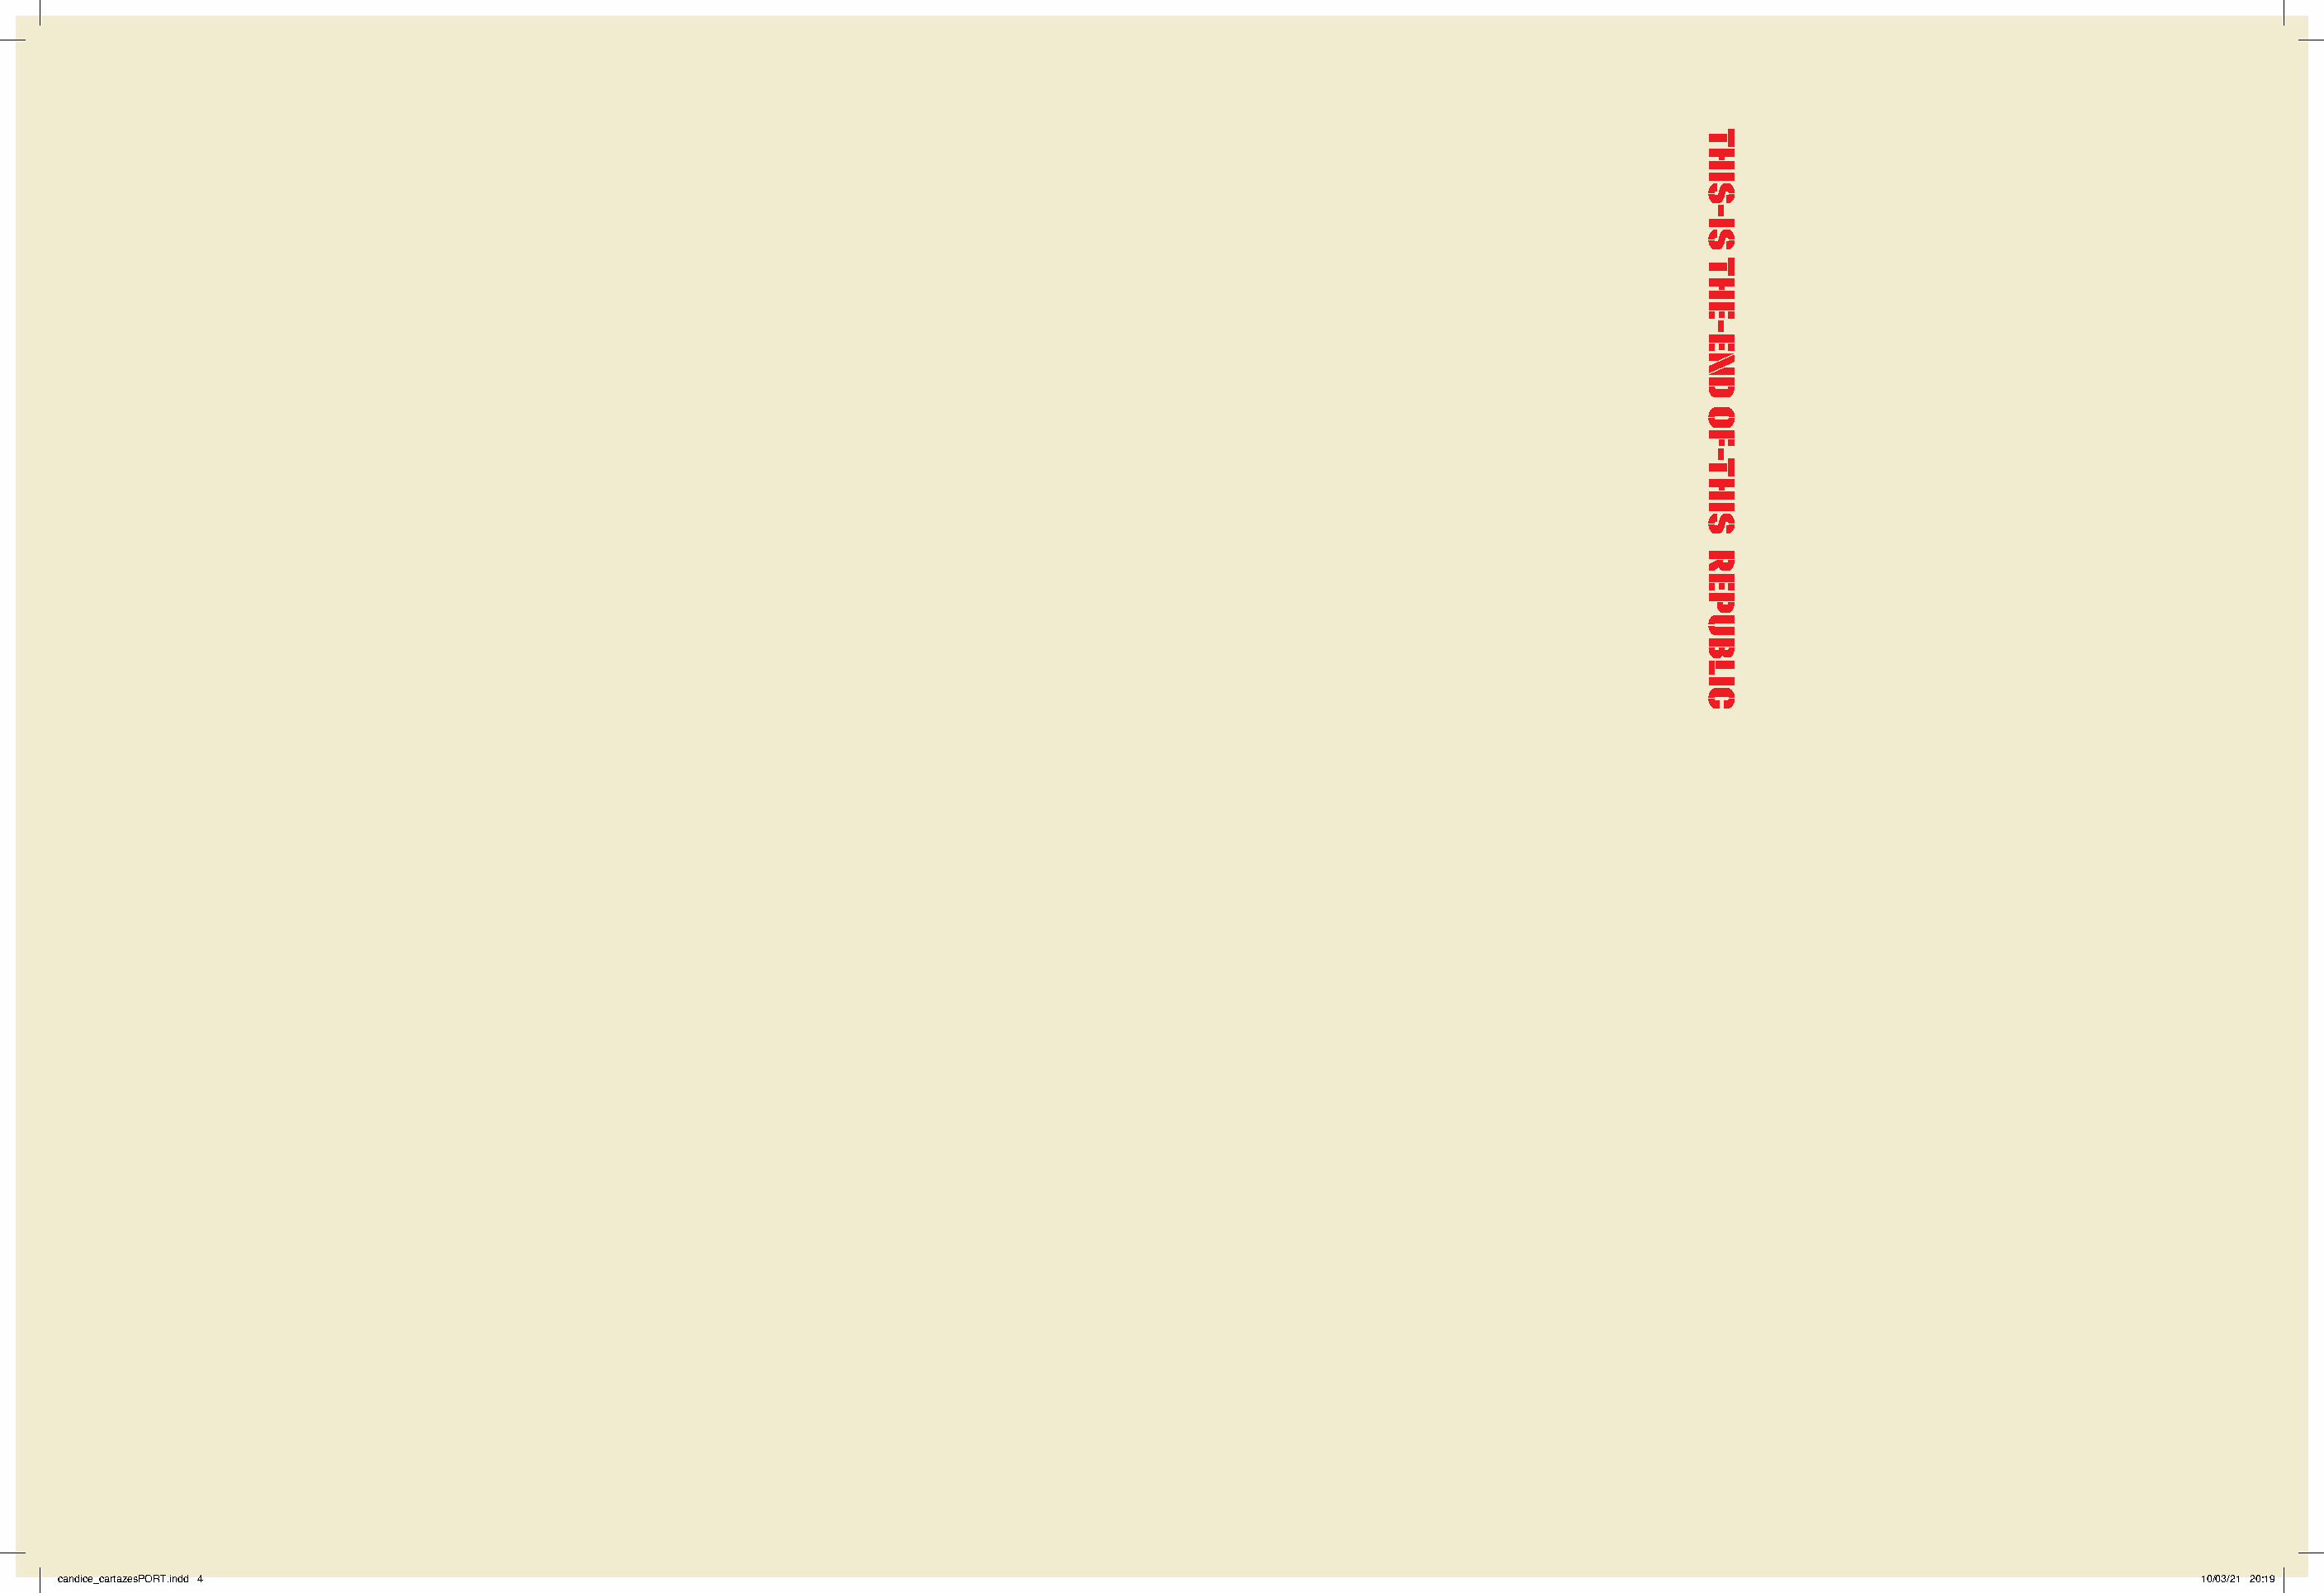
candice_cartazesPORT.indd 4                                                                                                                                                10/03/21 20:19
 THIS-IS
 THE-END
 OF-THIS
 REPUBLIC